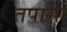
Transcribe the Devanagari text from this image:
तपासी